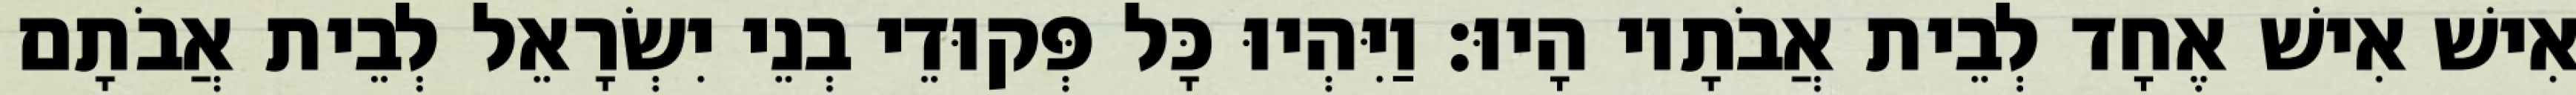
אִישׁ אִישׁ אֶחָד לְבֵית אֲבֹתָיו הָיוּ׃ וַיִּהְיוּ כָּל פְּקוּדֵי בְנֵי יִשְׂרָאֵל לְבֵית אֲבֹתָם